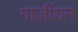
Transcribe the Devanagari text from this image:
गार्जीयन